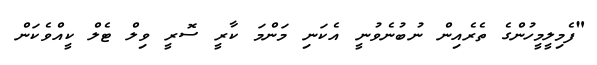
"ފެމިލީމީހުންގެ ތެރެއިން ނުބުނެވުނީ އެކަނި މަންމަ ކާރީ ސޮރީ ވިލް ޓެލް ކީއްވެކަން